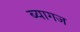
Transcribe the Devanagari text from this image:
ब्यागज